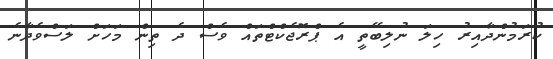
ކުރަމުންދާއިރު ހިލަ ނުލިބޭތީ އެ ޕްރޮޖެކްޓްތައް ވެސް ދެ ތިން މަހަށް ލަސްވެދާނެ